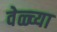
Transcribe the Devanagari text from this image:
वेळ्च्या